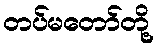
တပ်မတော်တို့